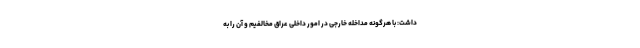
داشت: با هرگونه مداخله خارجی در امور داخلی عراق مخالفیم و آن را به